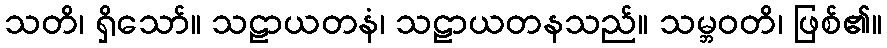
သတိ၊ ရှိသော်။ သဠာယတနံ၊ သဠာယတနသည်။ သမ္ဘဝတိ၊ ဖြစ်၏။